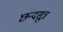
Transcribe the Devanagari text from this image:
छन्दसूत्र